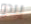
يبدو